Madras plague regulations in force outside the Presidency town - Volume 5
Disease focus: Plague
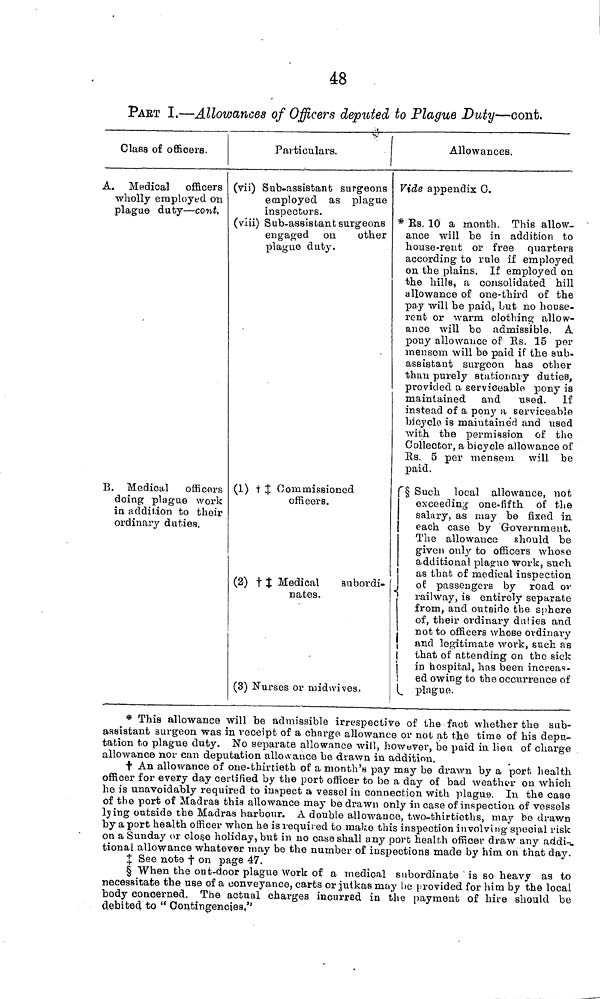
48
PAET I.—Allowances of Officers deputed to Plague Duty—cont.
Class of officers.
A. Medical officers
wholly employed on
plague duty — cont.
B. Medical officers
doing plague work
in addition to their
ordinary duties,
Particulars.
(vii) Sub-assistant surgeons
employed as plague
inspectors.
(viii) Sub-assistant surgeons
engaged on
other
plague duty.
(1) † ‡ Commissioned
officers.
(2) † ‡ Medical
subordi-
nates.
(3) Nurses or midwives.
Allowances.
Vide appendix 0.
* Rs. 10 a month. This allow-
ance will be in addition to
house-rent or free quarters
according to rule if employed
on the plains. If employed on
the hills, a consolidated hill
allowance of one-third of the
pay will be paid, but no house-
rent or warm clothing allow-
ance will be admissible. A
pony allowance of Rs. 15 per
mensem will be paid if the sub-
assistant surgeon has other
than purely stationary duties,
provided a serviceable pony is
maintained and used. If
instead of a pony a serviceable
bicycle is maintained and used
with the permission of the
Collector, a bicycle allowance of
Rs. 5 per mensem will be
paid.
§ Such local allowance, not
exceeding one-fifth of the
salary, as may be fixed in
each case by Government.
The allowance should be
given only to officers whose
additional plague work, such
as that of medical inspection
of passengers by road or
railway, is entirely separate
from, and outside the sphere
of, their ordinary duties and
not to officers whose ordinary
and legitimate work, such as
that of attending on the sick
in hospital, has been increas-
ed owing to the occurrence of
plague.
* This allowance will be admissible irrespective of the fact whether the sub-
assistant surgeon was in receipt of a charge allowance or not at the time of his depu-
tation to plague duty. No separate allowance will, however, be paid in lieu of charge
allowance nor can deputation allowance be drawn in addition.
† An allowance of one-thirtieth of a month's pay may be drawn by a port health
officer for every day certified by the port officer to be a day of bad weather on which
he is unavoidably required to inspect a vessel in connection with plague. In the case
of the port of Madras this allowance may be drawn only in case of inspection of vessels
lying outside the Madras harbour. A double allowance, two-thirtieths, may be drawn
by a port health officer when he is required to make this inspection involving special risk
on a Sunday or close holiday, but in no case shall any port health officer draw any addi-
tional allowance whatever may be the number of inspections made by him on that day.
‡ See note † on page 47.
§ When the out-door plague work of a medical subordinate is so heavy as to
necessitate the use of a conveyance, carts or jutkas may he provided for him by thé local
body concerned. The actual charges incurred in the payment of hire should be
debited to "Contingencies."